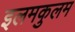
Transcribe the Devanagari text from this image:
इलमकुलम